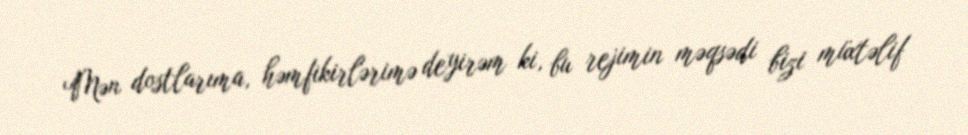
Mən dostlarıma, həmfikirlərimə deyirəm ki, bu rejimin məqsədi bizi müxtəlif